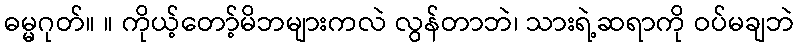
ဓမ္မဂုတ်။ ။ ကိုယ့်တော့်မိဘများကလဲ လွန်တာဘဲ၊ သားရဲ့ဆရာကို ဝပ်မချဘဲ